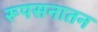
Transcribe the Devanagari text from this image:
रूपसनातन